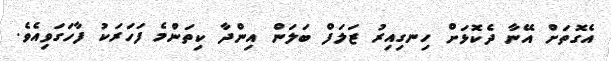
އެގޮތަށް އޭނާ ދެކޮޅަށް ހިނގިއިރު ޒަލަފް ބަލަން އިންދާ ކިތަންމެ ފަހަރަކު ފާހަގަވިއެވެ.